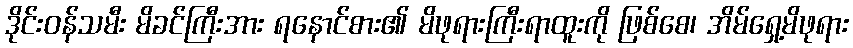
ဒိုင်းဝန်သမီး မိခင်ကြီးအား ရနောင်စား၏ မိဖုရားကြီးရာထူးကို ဖြစ်စေ၊ အိမ်ရှေ့မိဖုရား